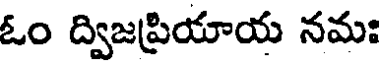
ఓం ద్విజప్రియాయ నమః